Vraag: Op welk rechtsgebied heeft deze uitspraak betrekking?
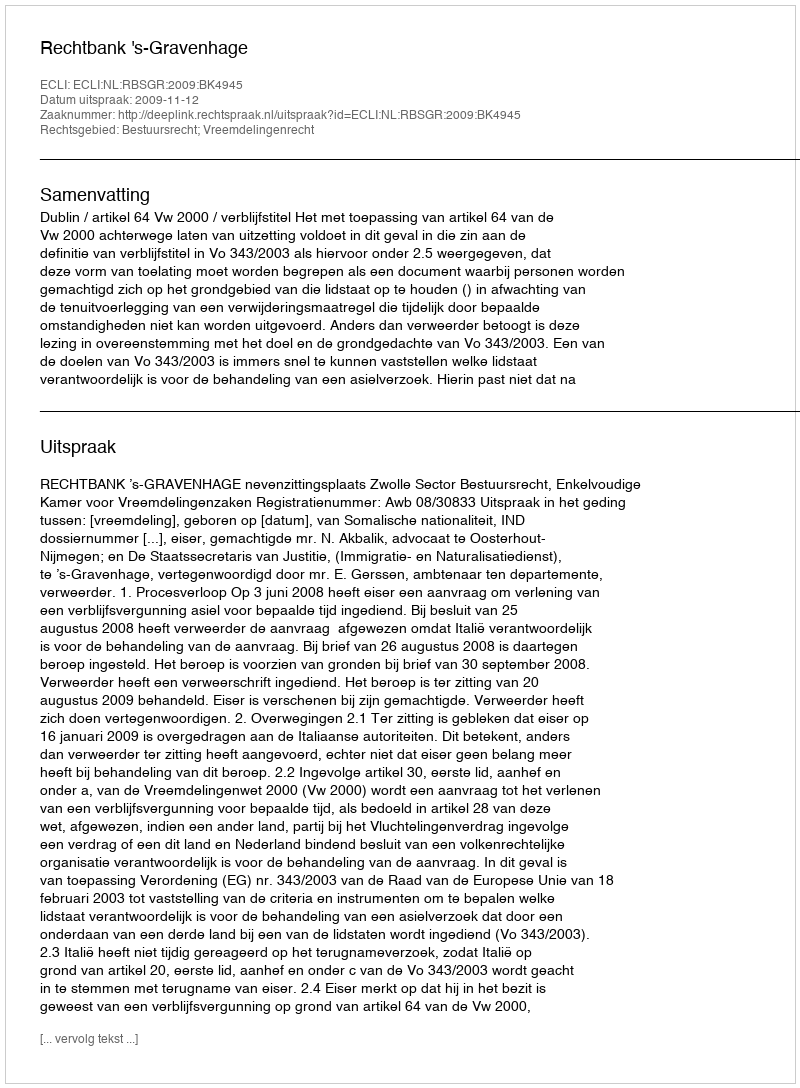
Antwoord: Bestuursrecht; Vreemdelingenrecht